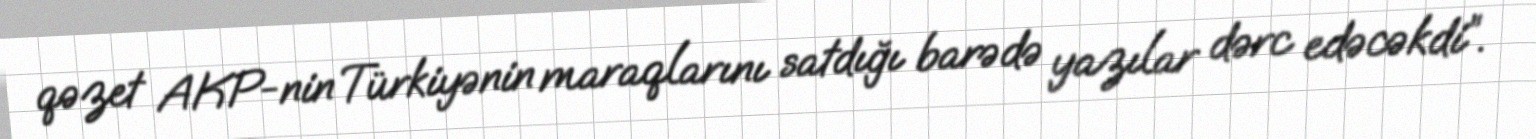
qəzet AKP-nin Türkiyənin maraqlarını satdığı barədə yazılar dərc edəcəkdi”.